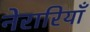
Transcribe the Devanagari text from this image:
नेरारियाँ